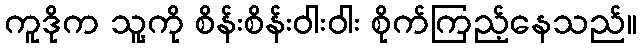
ကူဒိုက သူ့ကို စိန်းစိန်းဝါးဝါး စိုက်ကြည့်နေသည်။